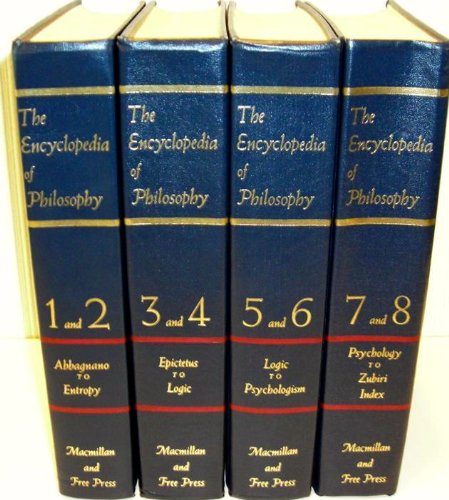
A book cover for THE ENCYCLOPEDIA OF PHILOSOPHY  ( Complete Set ); Politics & Social Sciences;